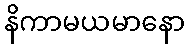
နိကာမယမာနော